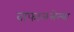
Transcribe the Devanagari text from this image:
वाफाळलेल्या